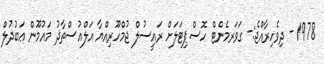
1978 - ދިވެހިރާއްޖެ:- ގަވަރމެންޓް ހޮސްޕިޓަލަށް ރައީސުލް ޖުމްހޫރިއްޔާ އަލްއުސްތާޛު މައުމޫން ޢަބުދުލް